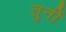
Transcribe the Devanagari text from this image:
तुनीं